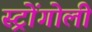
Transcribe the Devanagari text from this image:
स्ट्रोंगोली